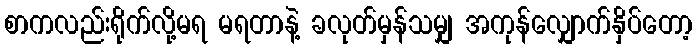
စာကလည်းရိုက်လို့မရ မရတာနဲ့ ခလုတ်မှန်သမျှ အကုန်လျှောက်နှိပ်တော့